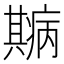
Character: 𤻓